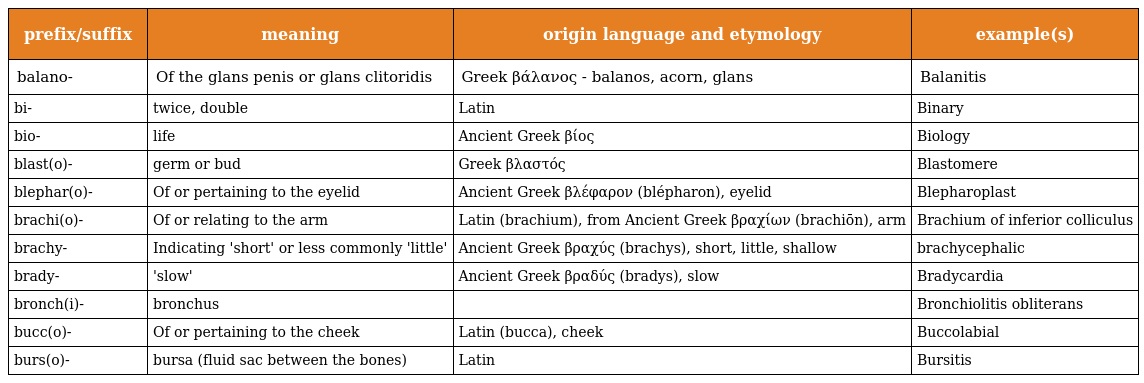
| prefix/suffix | meaning | origin language and etymology | example(s) |
 | --- | --- | --- | --- |
 | balano- | Of the glans penis or glans clitoridis | Greek βάλανος - balanos, acorn, glans | Balanitis |
 | bi- | twice, double | Latin | Binary |
 | bio- | life | Ancient Greek βίος | Biology |
 | blast(o)- | germ or bud | Greek βλαστός | Blastomere |
 | blephar(o)- | Of or pertaining to the eyelid | Ancient Greek βλέφαρον (blépharon), eyelid | Blepharoplast |
 | brachi(o)- | Of or relating to the arm | Latin (brachium), from Ancient Greek βραχίων (brachiōn), arm | Brachium of inferior colliculus |
 | brachy- | Indicating 'short' or less commonly 'little' | Ancient Greek βραχύς (brachys), short, little, shallow | brachycephalic |
 | brady- | 'slow' | Ancient Greek βραδύς (bradys), slow | Bradycardia |
 | bronch(i)- | bronchus |  | Bronchiolitis obliterans |
 | bucc(o)- | Of or pertaining to the cheek | Latin (bucca), cheek | Buccolabial |
 | burs(o)- | bursa (fluid sac between the bones) | Latin | Bursitis |